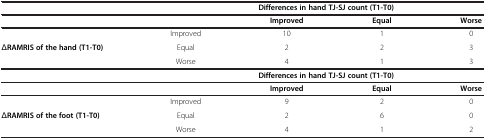
<table><thead><tr><td><b> </b></td><td colspan="4"><b>Differences in hand TJ-SJ count (T1-T0)</b></td></tr></thead><tbody><tr><td> </td><td> </td><td><b>Improved</b></td><td><b>Equal</b></td><td><b>Worse</b></td></tr><tr><td> </td><td>Improved</td><td>10</td><td>1</td><td>0</td></tr><tr><td>Δ<b>RAMRIS of the hand (T1-T0)</b></td><td>Equal</td><td>2</td><td>2</td><td>3</td></tr><tr><td> </td><td>Worse</td><td>4</td><td>1</td><td>3</td></tr><tr><td> </td><td colspan="4"><b>Differences in hand TJ-SJ count (T1-T0)</b></td></tr><tr><td> </td><td> </td><td><b>Improved</b></td><td><b>Equal</b></td><td><b>Worse</b></td></tr><tr><td> </td><td>Improved</td><td>9</td><td>2</td><td>0</td></tr><tr><td>Δ<b>RAMRIS of the foot (T1-T0)</b></td><td>Equal</td><td>2</td><td>6</td><td>0</td></tr><tr><td> </td><td>Worse</td><td>4</td><td>1</td><td>2</td></tr></tbody></table>